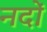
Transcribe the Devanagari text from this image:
नदों